画像に写った文字を読んでください
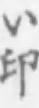
「い印」と書いてあります